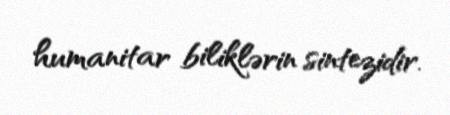
humanitar biliklərin sintezidir.